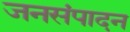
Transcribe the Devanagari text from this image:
जनसंपादन